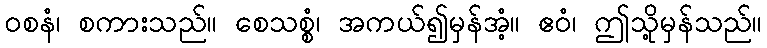
ဝစနံ၊ စကားသည်။ စေသစ္စံ၊ အကယ်၍မှန်အံ့။ ဧဝံ၊ ဤသို့မှန်သည်။